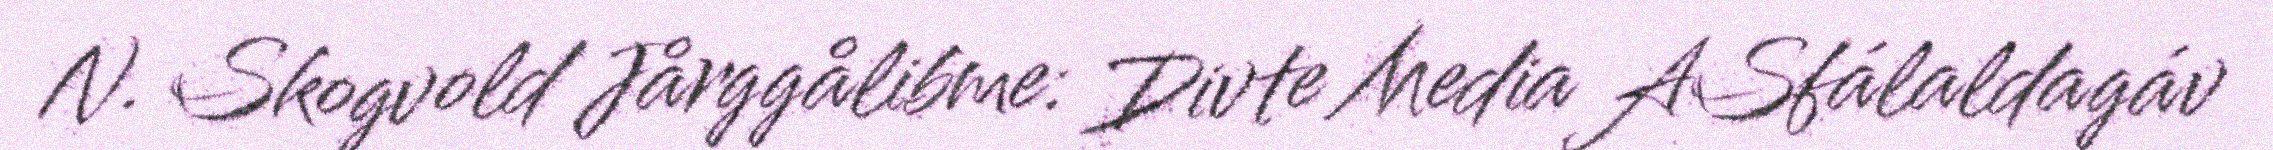
N. Skogvold Jårggålibme: Divte Media ASfálaldagáv